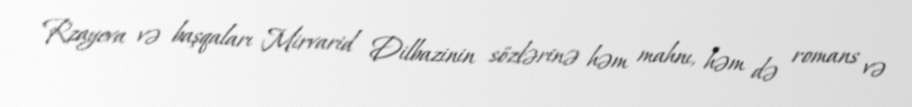
Rzayeva və başqaları Mirvarid Dilbazinin sözlərinə həm mahnı, həm də romans və